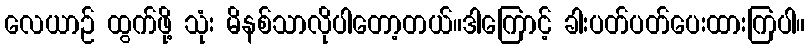
လေယာဉ် ထွက်ဖို့ သုံး မိနစ်သာလိုပါတော့တယ်။ဒါကြောင့် ခါးပတ်ပတ်ပေးထားကြပါ။